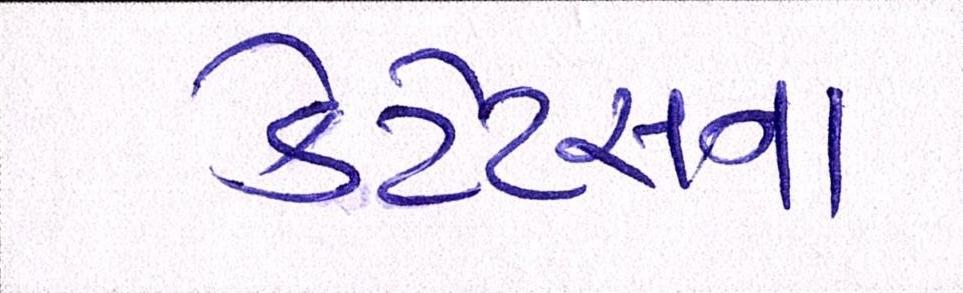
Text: કેટેટસને